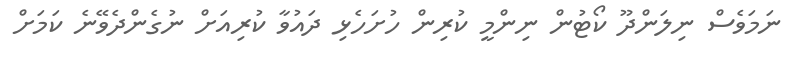
ނަމަވެސް ނިލަންދޫ ކޯޓުން ނިންމީ ކުރިން ހުށަހެޅި ދައުވާ ކުރިއަށް ނުގެންދެވޭނެ ކަމަށް